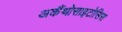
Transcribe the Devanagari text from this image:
अकैंथोसाइटोसिस